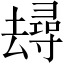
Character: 𱑭